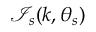
\mathcal { I } _ { s } ( k , \theta _ { s } )